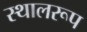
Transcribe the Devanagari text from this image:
स्थालरूप